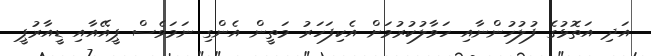
އަދި އަތޮޅުގެ ފުލުހުންނާއި ހަވާލުކުރުމަށް އެކިފަހަރު މަތީން އެންގި ނަމަވެސް ޕީއޭއާއި ޑީއާރުޕީ